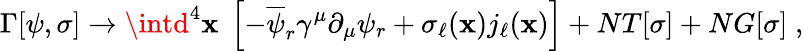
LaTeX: \Gamma[\psi,\sigma]\rightarrow\intd^{4}\mathbf{x}\; \left[-\overline{{{{\psi}}}}_{r}\gamma^{\mu}\partial_{\mu}\psi_{r}+\sigma_{\ell}(\mathbf{x})j_{\ell}(\mathbf{x})\right]+NT[\sigma]+NG[\sigma]\; ,